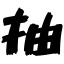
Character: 抽